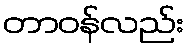
တာဝန်လည်း